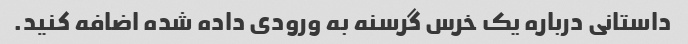
داستانی درباره یک خرس گرسنه به ورودی داده شده اضافه کنید.